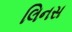
લિનસ